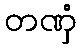
တဏှံ